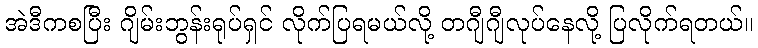
အဲဒီကစပြီး ဂျိမ်းဘွန်းရုပ်ရှင် လိုက်ပြရမယ်လို့ တဂျီဂျီလုပ်နေလို့ ပြလိုက်ရတယ်။